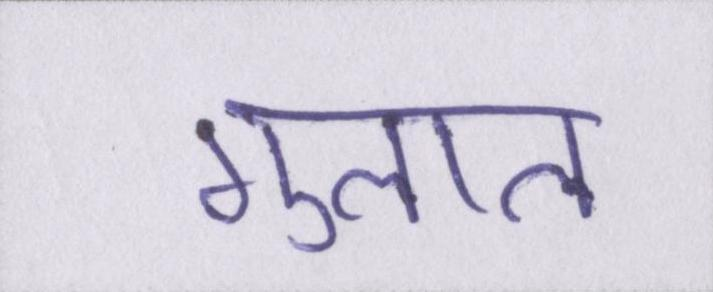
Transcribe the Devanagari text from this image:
गुलाल